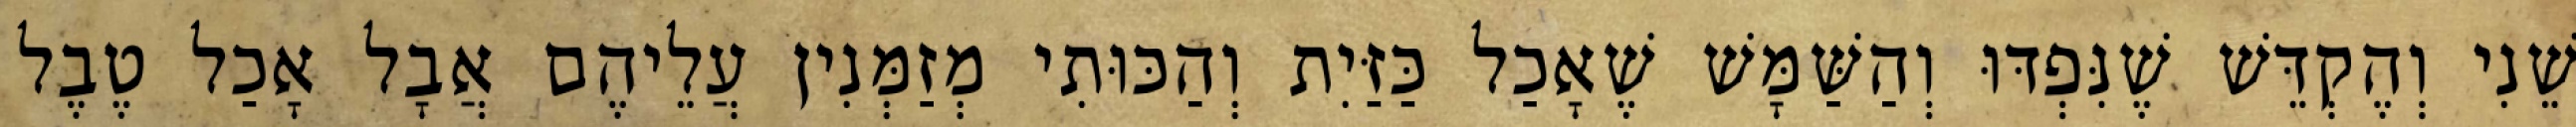
שֵׁנִי וְהֶקְדֵּשׁ שֶׁנִּפְדּוּ וְהַשַּׁמָּשׁ שֶׁאָכַל כַּזַּיִת וְהַכּוּתִי מְזַמְּנִין עֲלֵיהֶם אֲבָל אָכַל טֶבֶל